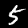
Label: 5